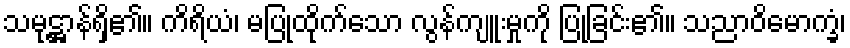
သမုဋ္ဌာန်ရှိ၏။ ကိရိယံ၊ မပြုထိုက်သော လွန်ကျူးမှုကို ပြုခြင်း၏။ သညာဝိမောက္ခံ၊